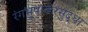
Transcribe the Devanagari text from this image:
रंगभूषाकरसुद्धा